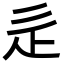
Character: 辵